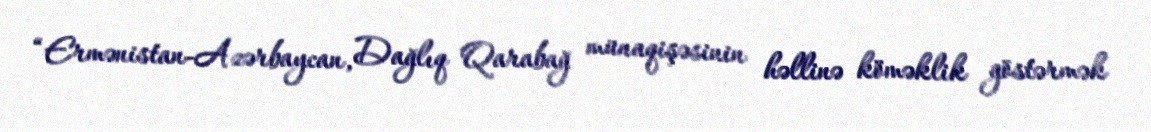
“Ermənistan-Azərbaycan, Dağlıq Qarabağ münaqişəsinin həllinə köməklik göstərmək